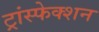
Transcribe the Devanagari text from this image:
ट्रांस्फेक्शन